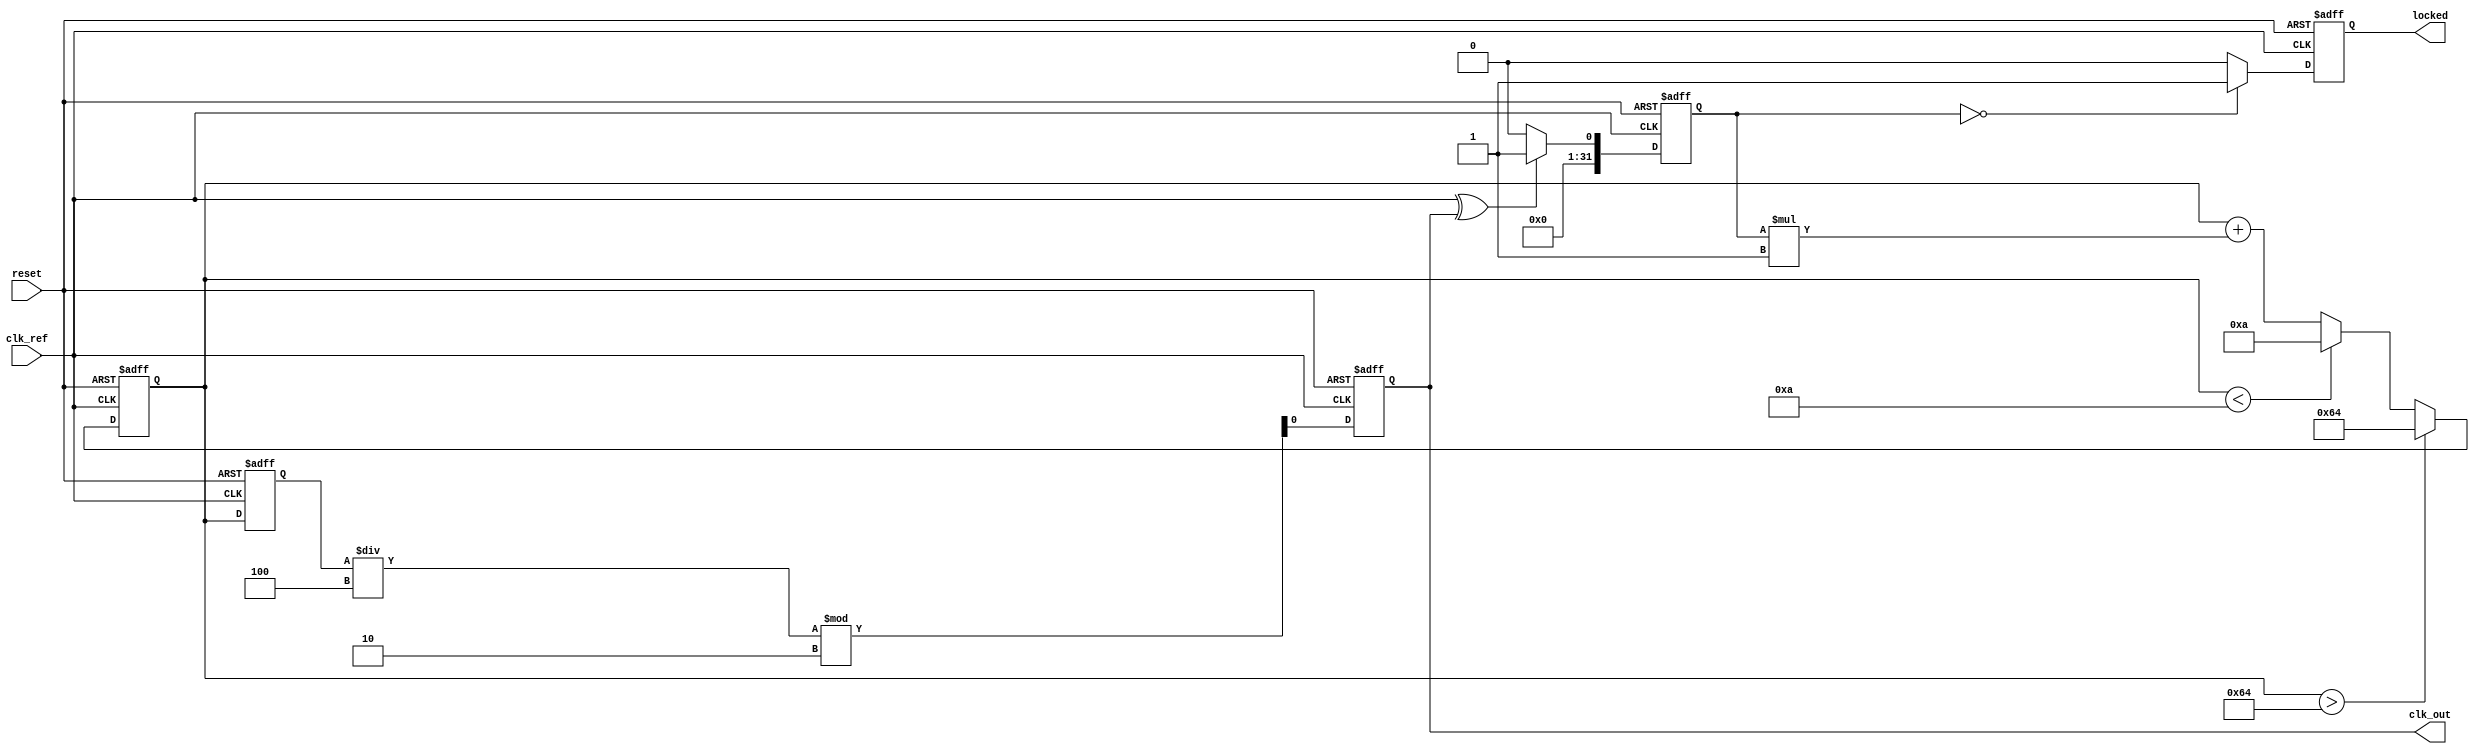
module pll (
    input wire clk_ref,        // Reference clock input
    input wire reset,          // Reset signal
    output reg clk_out,        // Output clock
    output reg locked          // Lock status output
);

    // Parameters
    parameter integer DIVIDER = 4; // Feedback divider
    parameter integer VCO_MAX_FREQ = 100; // Max VCO frequency
    parameter integer VCO_MIN_FREQ = 10;  // Min VCO frequency
    parameter integer LOOP_FILTER_GAIN = 1; // Gain for loop filter

    // Internal signals
    reg [31:0] phase_error;       // Phase error signal
    reg [31:0] control_voltage;    // Control voltage for VCO
    reg [31:0] vco_output;         // VCO output frequency
    reg [31:0] feedback;           // Feedback signal

    // Phase Detector (PD) - Simple XOR for phase comparison
    always @(posedge clk_ref or posedge reset) begin
        if (reset) begin
            phase_error <= 0;
        end else begin
            phase_error <= (clk_ref ^ clk_out) ? 1 : 0; // Simple phase error
        end
    end

    // Loop Filter (LF) - Simple proportional filter
    always @(posedge clk_ref or posedge reset) begin
        if (reset) begin
            control_voltage <= 0;
        end else begin
            control_voltage <= control_voltage + (phase_error * LOOP_FILTER_GAIN);
            // Clamp control voltage to VCO range
            if (control_voltage > VCO_MAX_FREQ) begin
                control_voltage <= VCO_MAX_FREQ;
            end else if (control_voltage < VCO_MIN_FREQ) begin
                control_voltage <= VCO_MIN_FREQ;
            end
        end
    end

    // Voltage-Controlled Oscillator (VCO)
    always @(posedge clk_ref or posedge reset) begin
        if (reset) begin
            vco_output <= 0;
            clk_out <= 0;
        end else begin
            // Generate output clock based on control voltage
            vco_output <= control_voltage; // Simplified VCO output
            clk_out <= (vco_output / DIVIDER) % 2; // Generate clock signal
        end
    end

    // Feedback Path
    always @(posedge clk_ref or posedge reset) begin
        if (reset) begin
            feedback <= 0;
        end else begin
            feedback <= clk_out; // Feedback the output clock
        end
    end

    // Lock Detection Logic
    always @(posedge clk_ref or posedge reset) begin
        if (reset) begin
            locked <= 0;
        end else begin
            // Simple lock detection based on phase error
            if (phase_error == 0) begin
                locked <= 1; // Locked state
            end else begin
                locked <= 0; // Not locked
            end
        end
    end

endmodule